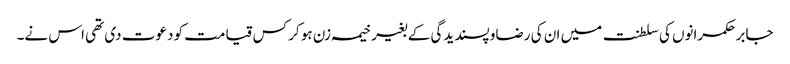
جابر حکمرانوں کی سلطنت میں ان کی رضاو پسندیدگی کے بغیر خیمہ زن ہو کر کس قیامت کو دعوت دی تھی اس نے۔